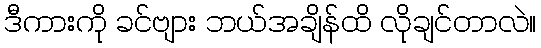
ဒီကားကို ခင်ဗျား ဘယ်အချိန်ထိ လိုချင်တာလဲ။